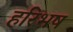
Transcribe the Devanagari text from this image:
हरिभष